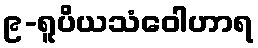
၉-ရူပိယသံဝေါဟာရ